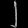
Digit: ၂